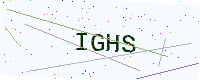
Text: IGHS